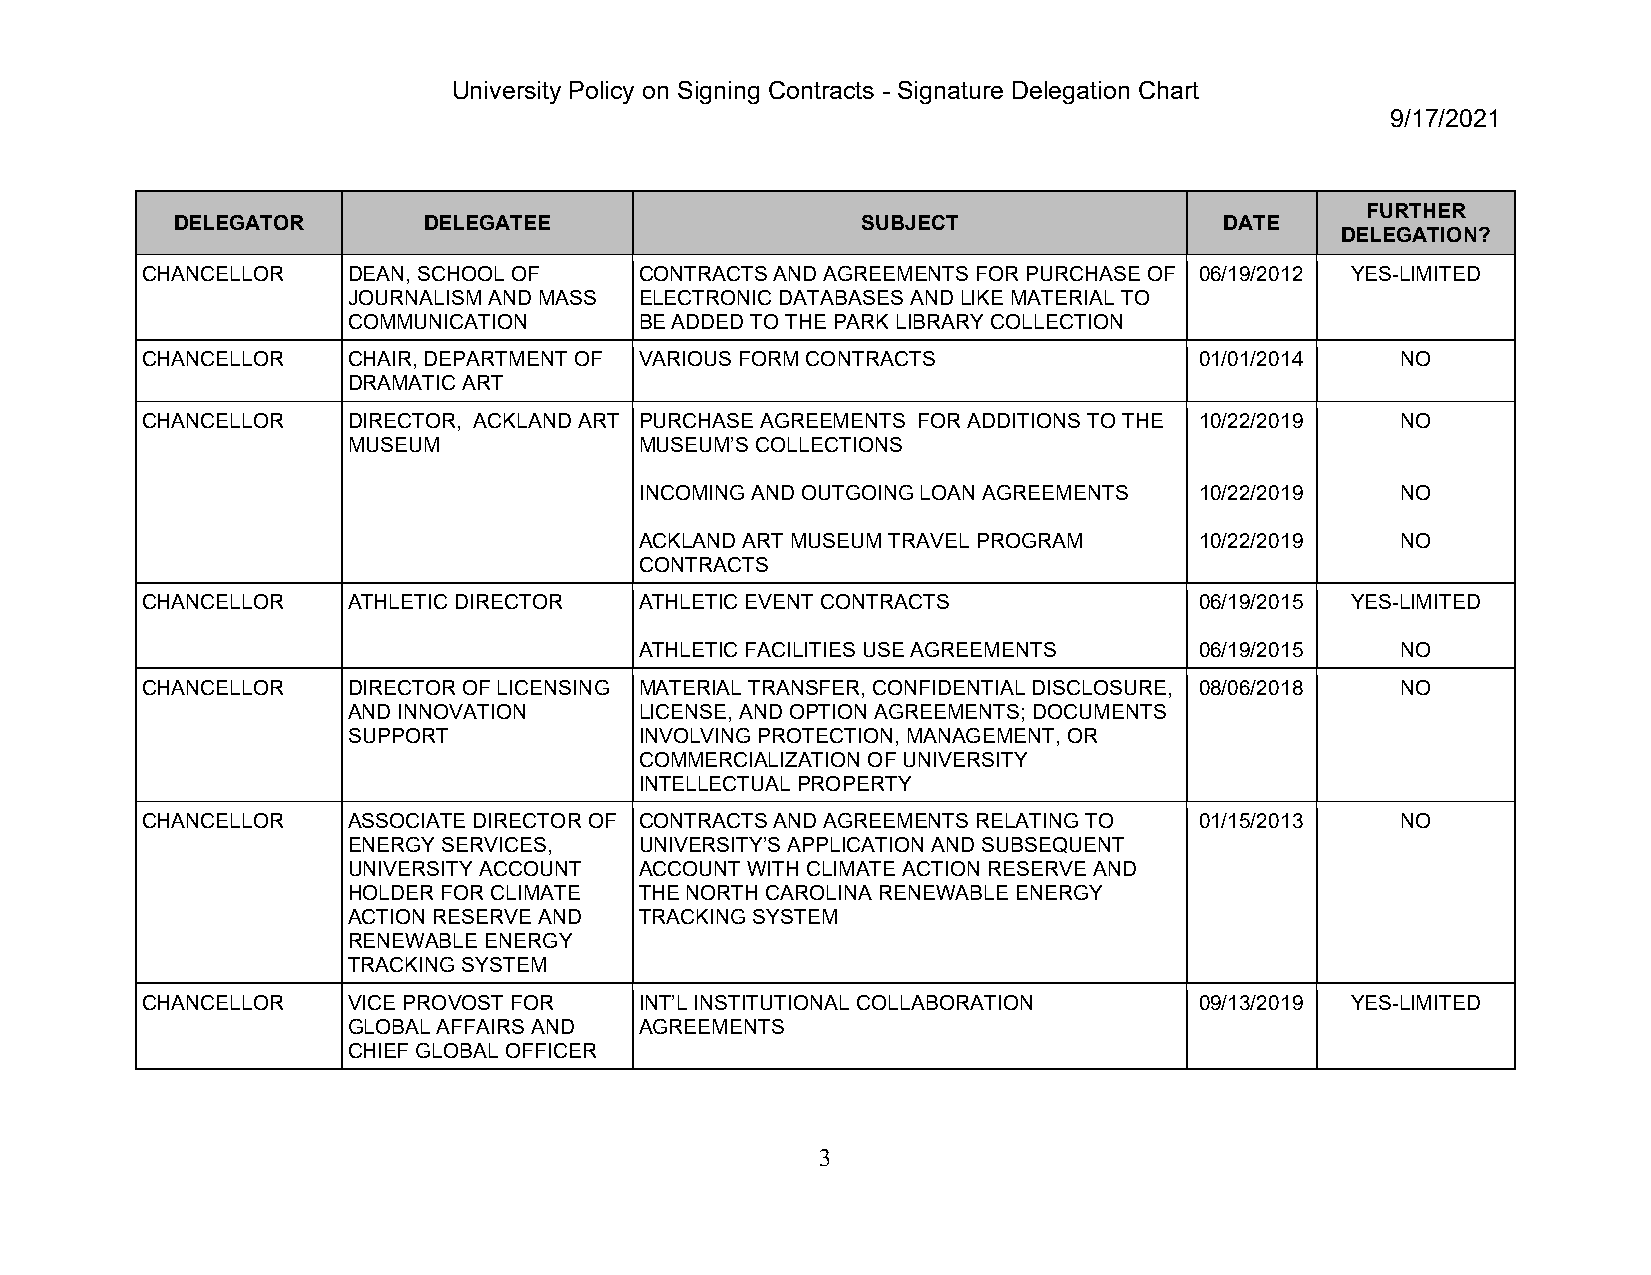
University Policy on Signing Contracts - Signature Delegation Chart
 9/17/2021
 FURTHER
 DELEGATOR        DELEGATEE                    SUBJECT                 DATE
 DELEGATION?
 CHANCELLOR    DEAN, SCHOOL OF    CONTRACTS AND AGREEMENTS FOR PURCHASE OF 06/19/2012 YES-LIMITED
 JOURNALISM AND MASS ELECTRONIC DATABASES AND LIKE MATERIAL TO
 COMMUNICATION      BE ADDED TO THE PARK LIBRARY COLLECTION
 CHANCELLOR    CHAIR, DEPARTMENT OF VARIOUS FORM CONTRACTS             01/01/2014    NO
 DRAMATIC ART
 CHANCELLOR    DIRECTOR, ACKLAND ART PURCHASE AGREEMENTS FOR ADDITIONS TO THE 10/22/2019 NO
 MUSEUM             MUSEUM’S COLLECTIONS
 INCOMING AND OUTGOING LOAN AGREEMENTS 10/22/2019   NO
 ACKLAND ART MUSEUM TRAVEL PROGRAM    10/22/2019    NO
 CONTRACTS
 CHANCELLOR    ATHLETIC DIRECTOR  ATHLETIC EVENT CONTRACTS             06/19/2015 YES-LIMITED
 ATHLETIC FACILITIES USE AGREEMENTS   06/19/2015    NO
 CHANCELLOR    DIRECTOR OF LICENSING MATERIAL TRANSFER, CONFIDENTIAL DISCLOSURE, 08/06/2018 NO
 AND INNOVATION     LICENSE, AND OPTION AGREEMENTS; DOCUMENTS
 SUPPORT            INVOLVING PROTECTION, MANAGEMENT, OR
 COMMERCIALIZATION OF UNIVERSITY
 INTELLECTUAL PROPERTY
 CHANCELLOR    ASSOCIATE DIRECTOR OF CONTRACTS AND AGREEMENTS RELATING TO 01/15/2013 NO
 ENERGY SERVICES,   UNIVERSITY’S APPLICATION AND SUBSEQUENT
 UNIVERSITY ACCOUNT ACCOUNT WITH CLIMATE ACTION RESERVE AND
 HOLDER FOR CLIMATE THE NORTH CAROLINA RENEWABLE ENERGY
 ACTION RESERVE AND TRACKING SYSTEM
 RENEWABLE ENERGY
 TRACKING SYSTEM
 CHANCELLOR    VICE PROVOST FOR   INT’L INSTITUTIONAL COLLABORATION    09/13/2019 YES-LIMITED
 GLOBAL AFFAIRS AND AGREEMENTS
 CHIEF GLOBAL OFFICER
 3